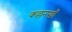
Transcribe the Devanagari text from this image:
कल्लनखाँ